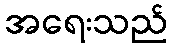
အရေးသည်